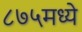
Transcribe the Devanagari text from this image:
८७५मध्ये